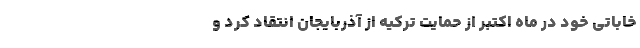
خاباتی خود در ماه اکتبر از حمایت ترکیه از آذربایجان انتقاد کرد و